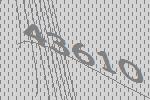
43610